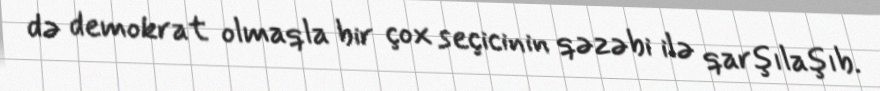
də demokrat olmaqla bir çox seçicinin qəzəbi ilə qarşılaşıb.